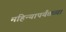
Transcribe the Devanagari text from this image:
महिन्यापर्यंतच्या